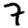
Digit: 7